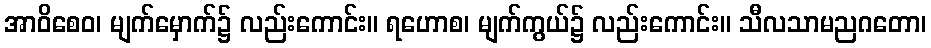
အာဝိစေဝ၊ မျက်မှောက်၌ လည်းကောင်း။ ရဟောစ၊ မျက်ကွယ်၌ လည်းကောင်း။ သီလသာမညဂတော၊